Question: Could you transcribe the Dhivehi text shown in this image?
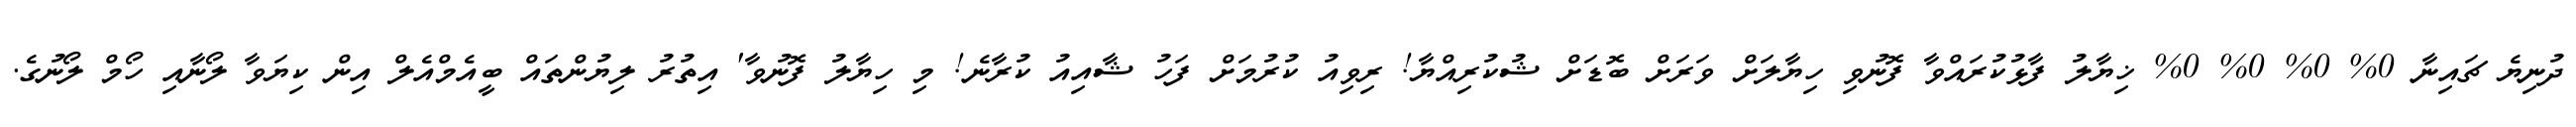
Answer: ދުނިޔެ ޗައިނާ 0% 0% 0% 0% ޚިޔާލު ފާޅުކުރައްވާ ފޮނުވި ހިޔާލަށް ވަރަށް ބޮޑަށް ޝުކުރިއްޔާ! ރިވިއު ކުރުމަށް ފަހު ޝާއިއު ކުރާނެ! މި ހިޔާލު ފޮނުވާ' އިތުރު ލިޔުންތައް ބީއެމްއެލް އިން ކިޔަވާ ލޯނާއި ހޯމް ލޯނުގެ.